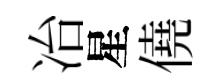
冶星僥